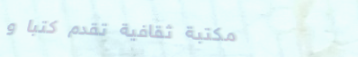
مكتبة ثقافية تقدم كتبًا و